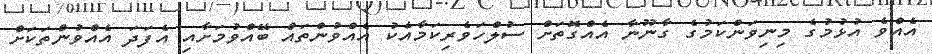
އެއްވެ އުޅުމުގެ މިނިވަންކަމުގެ ގާނޫނާ އެއްގޮތަށް ސުލްހަވެރިކަމާއެކު އެއްވުންތައް ބޭއްވުމަށާއި އެފަދަ އެއްވުންތަަކަށް